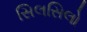
સિલસિલો